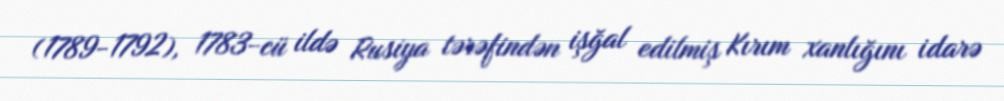
(1789-1792), 1783-cü ildə Rusiya tərəfindən işğal edilmiş Kırım xanlığını idarə